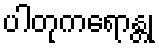
ပါတုကရောန္တု